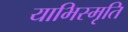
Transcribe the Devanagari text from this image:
याभिस्मृति